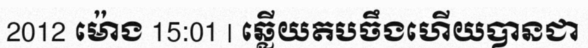
2012 ម៉ោង 15:01 | ឆ្លើយតបចឹងហើយបានជា